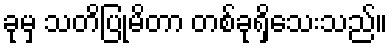
ခုမှ သတိပြုမိတာ တစ်ခုရှိသေးသည်။